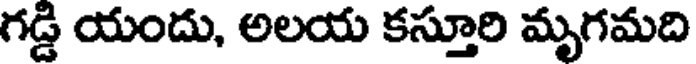
గడ్డి యందు, అలయ కస్తూరి మృగమది